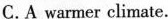
C.A warmer climate.